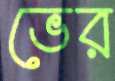
ভের